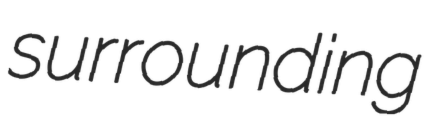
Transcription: surrounding